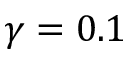
\gamma = 0 . 1